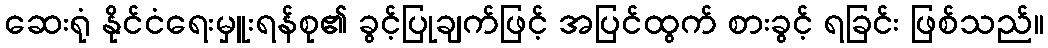
ဆေးရုံ နိုင်ငံရေးမှူးရန်စု၏ ခွင့်ပြုချက်ဖြင့် အပြင်ထွက် စားခွင့် ရခြင်း ဖြစ်သည်။